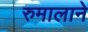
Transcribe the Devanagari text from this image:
रुमालाने